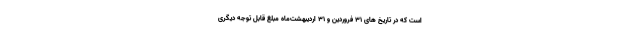
است که در تاریخ های ۳۱ فروردین و ۳۱ اردیبهشت‌ماه مبلغ قابل توجه دیگری